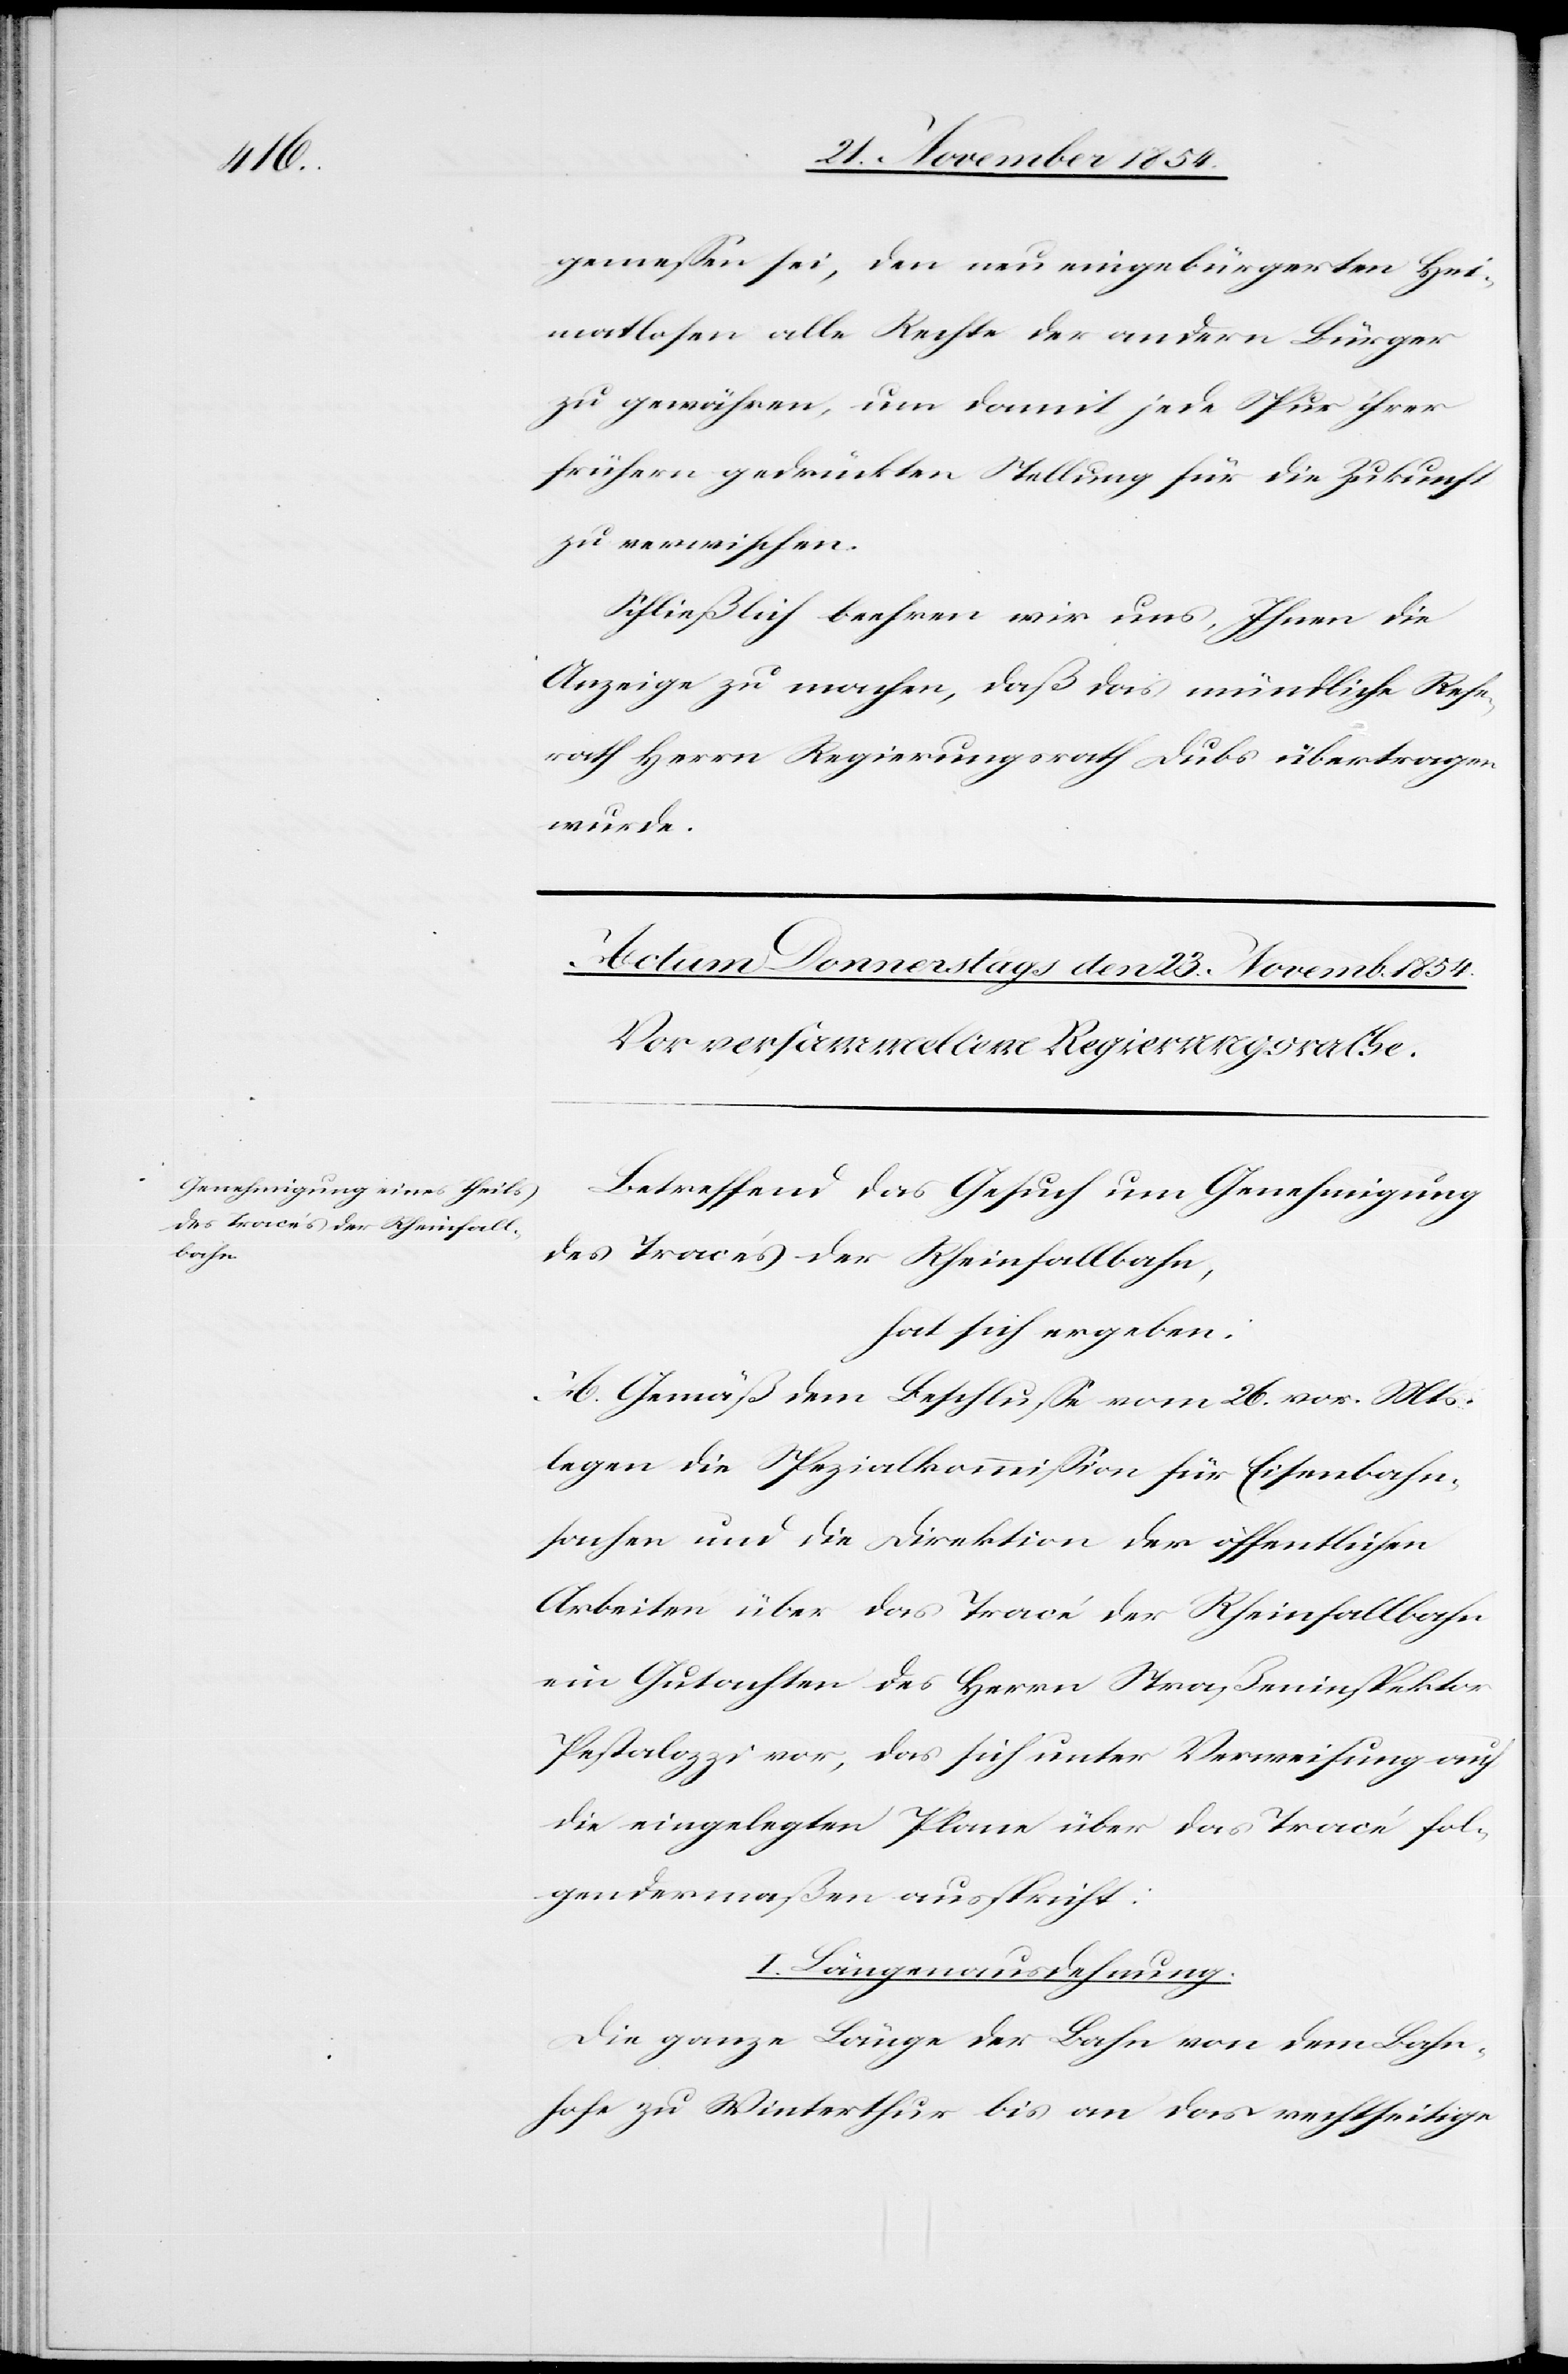
rath

gemeßen sei, den neu eingebürgerten Hei¬
matlosen alle Rechte der andern Bürger
zu gewähren, um damit jede Spur ihrer
frühern gedrückten Stellung für die Zukunft
zu verwischen.
Schließlich beehren wir uns, Ihnen die
Anzeige zu machen, daß das mündliche Refe¬
Herr Regierungsrath Dubs übertragen
wurde.
Betreffend das Gesuch um Genehmigung
des Tracés der Rheinfallbahn,
hat sich ergeben:
A. Gemäß dem Beschluße vom 26. vor. Mts.
legen die Spezialkommißion für Eisenbahn¬
sachen und die Direktion der öffentlichen
Arbeiten über das Tracé der Rheinfallbahn
ein Gutachten des Herrn Straßeninspektor
Pestalozzi vor, das sich unter Verweisung auf
die eingelegten Plane über das Tracé fol¬
gendermaßen ausspricht:
I. Längenausdehnung.
Die ganze Länger der Bahn von dem Bahn¬
hofe zu Winterthur bis an das rechtseitige